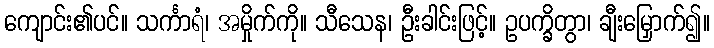
ကျောင်း၏ပင်။ သင်္ကာရံ၊ အမှိုက်ကို။ သီသေန၊ ဦးခါင်းဖြင့်။ ဥပက္ခိတွာ၊ ချီးမြှောက်၍။